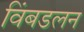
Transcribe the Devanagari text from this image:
विंबडलन